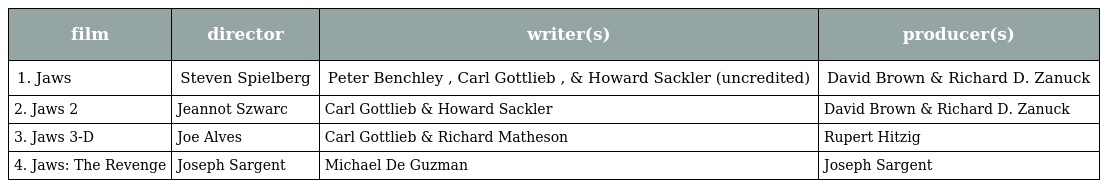
| film | director | writer(s) | producer(s) |
 | --- | --- | --- | --- |
 | 1. Jaws | Steven Spielberg | Peter Benchley , Carl Gottlieb , & Howard Sackler (uncredited) | David Brown & Richard D. Zanuck |
 | 2. Jaws 2 | Jeannot Szwarc | Carl Gottlieb & Howard Sackler | David Brown & Richard D. Zanuck |
 | 3. Jaws 3-D | Joe Alves | Carl Gottlieb & Richard Matheson | Rupert Hitzig |
 | 4. Jaws: The Revenge | Joseph Sargent | Michael De Guzman | Joseph Sargent |